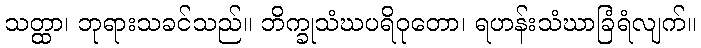
သတ္ထာ၊ ဘုရားသခင်သည်။ ဘိက္ခုသံဃပရိဝုတော၊ ရဟန်းသံဃာခြံရံလျက်။